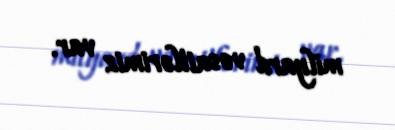
milyard vəsaitlərimiz var.